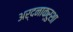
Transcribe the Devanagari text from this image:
अर्दनाक्रुशा